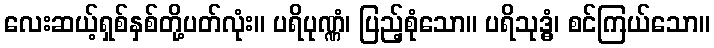
လေးဆယ့်ရှစ်နှစ်တို့ပတ်လုံး။ ပရိပုဏ္ဏံ၊ ပြည့်စုံသော။ ပရိသုဒ္ဓံ၊ စင်ကြယ်သော။